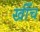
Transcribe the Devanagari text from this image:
खीँच